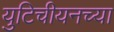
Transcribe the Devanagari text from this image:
युटिचीयनच्या